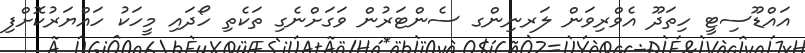
އައްޑޫސިޓީ ހިތަދޫ އެވްރިވަން ލަރނިންގ ސެންޓަރުން ވަގަށްނެގި ތަކެތި ހޯދައި މީހަކު ހައްޔަރުކޮށްފި